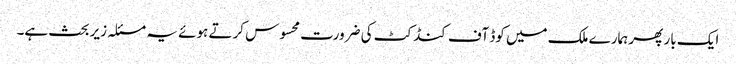
ایک بار پھر ہمارے ملک میں کوڈ آف کنڈکٹ کی ضرورت محسوس کرتے ہوئے یہ مسئلہ زیر بحث ہے۔